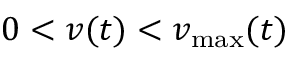
0 < v ( t ) < v _ { \operatorname* { m a x } } ( t )